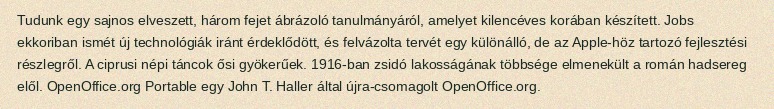
Tudunk egy sajnos elveszett, három fejet ábrázoló tanulmányáról, amelyet kilencéves korában készített. Jobs ekkoriban ismét új technológiák iránt érdeklődött, és felvázolta tervét egy különálló, de az Apple-höz tartozó fejlesztési részlegről. A ciprusi népi táncok ősi gyökerűek. 1916-ban zsidó lakosságának többsége elmenekült a román hadsereg elől. OpenOffice.org Portable egy John T. Haller által újra-csomagolt OpenOffice.org.